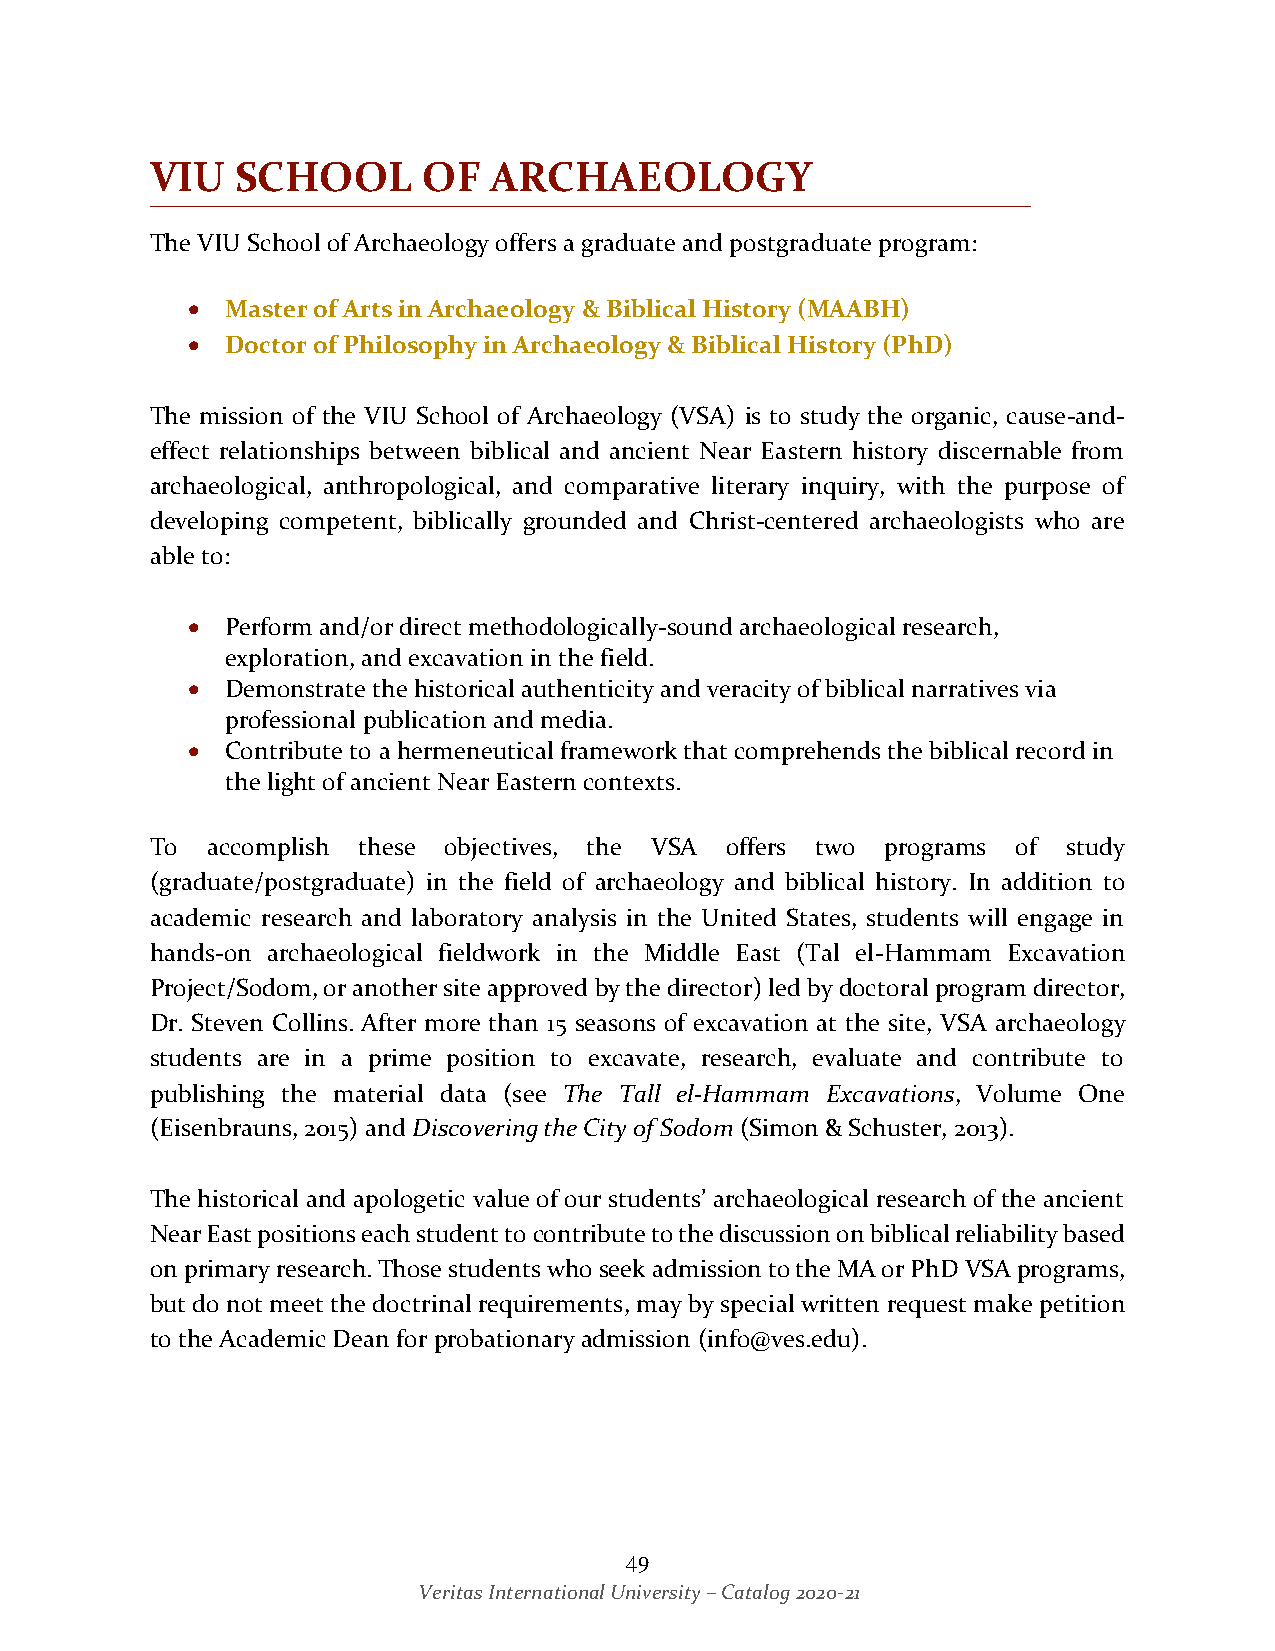
VIU   SCHOOL      OF  ARCHAEOLOGY
 The VIU School of Archaeology offers a graduate and postgraduate program:
 •  Master of Arts in Archaeology & Biblical History (MAABH)
 •  Doctor of Philosophy in Archaeology & Biblical History (PhD)
 The mission of the VIU School of Archaeology (VSA) is to study the organic, cause-and-
 effect relationships between biblical and ancient Near Eastern history discernable from
 archaeological, anthropological, and comparative literary inquiry, with the purpose of
 developing competent, biblically grounded and Christ-centered archaeologists who are
 able to:
 •  Perform and/or direct methodologically-sound archaeological research,
 exploration, and excavation in the field.
 •  Demonstrate the historical authenticity and veracity of biblical narratives via
 professional publication and media.
 •  Contribute to a hermeneutical framework that comprehends the biblical record in
 the light of ancient Near Eastern contexts.
 To  accomplish these objectives, the VSA offers two programs of study
 (graduate/postgraduate) in the field of archaeology and biblical history. In addition to
 academic research and laboratory analysis in the United States, students will engage in
 hands-on archaeological fieldwork in the Middle East (Tal el-Hammam Excavation
 Project/Sodom, or another site approved by the director) led by doctoral program director,
 Dr. Steven Collins. After more than 15 seasons of excavation at the site, VSA archaeology
 students are in a prime position to excavate, research, evaluate and contribute to
 publishing the material data (see The Tall el-Hammam Excavations, Volume One
 (Eisenbrauns, 2015) and Discovering the City of Sodom (Simon & Schuster, 2013).
 The historical and apologetic value of our students’ archaeological research of the ancient
 Near East positions each student to contribute to the discussion on biblical reliability based
 on primary research. Those students who seek admission to the MA or PhD VSA programs,
 but do not meet the doctrinal requirements, may by special written request make petition
 to the Academic Dean for probationary admission (info@ves.edu).
 49
 Veritas International University – Catalog 2020-21